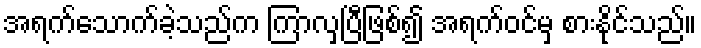
အရက်သောက်ခဲ့သည်က ကြာလှပြီဖြစ်၍ အရက်ဝင်မှ စားနိုင်သည်။